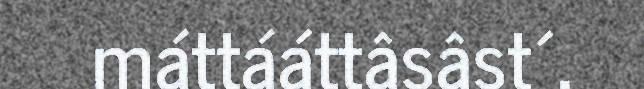
máttááttâsâst´.